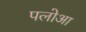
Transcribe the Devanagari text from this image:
पलोआ